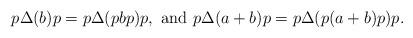
LaTeX: \begin{align*} p\Delta(b)p = p\Delta(pbp)p,\ \hbox{and}\ p\Delta(a+b)p = p\Delta(p(a+b)p)p. \end{align*}